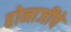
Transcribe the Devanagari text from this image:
होनाजींचे